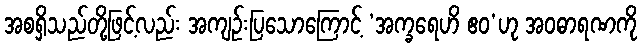
အစရှိသည်တို့ဖြင့်လည်း အကျဉ်းပြသောကြောင့် ‘အက္ခရေဟိ ဧဝ’ဟု အဝဓာရဏကို